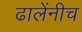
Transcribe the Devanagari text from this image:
ढालेंनीच